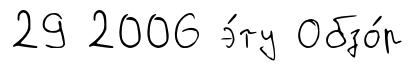
29 2006 э́ту Обзо́р